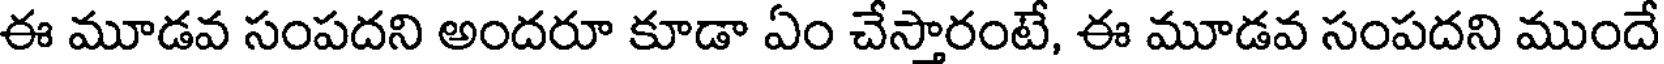
ఈ మూడవ సంపదని అందరూ కూడా ఏం చేస్తారంటే, ఈ మూడవ సంపదని ముందే